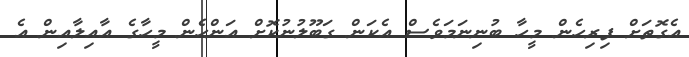
އެގޮތަށް ފިރިހެން މީހާ ބުނިނަމަވެސް އެކަން ގަބޫލުނުކޮށް އަންހެން މީހާގެ އާއިލާއިން އެ